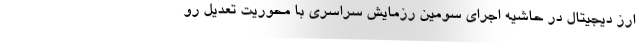
ارز دیجیتال در حاشیه اجرای سومین رزمایش سراسری با محوریت تعدیل رو